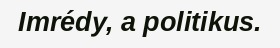
Imrédy, a politikus.